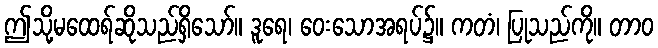
ဤသို့မထေရ်ဆိုသည်ရှိသော်။ ဒူရေ၊ ဝေးသောအရပ်၌။ ကတံ၊ ပြုသည်ကို။ တာဝ